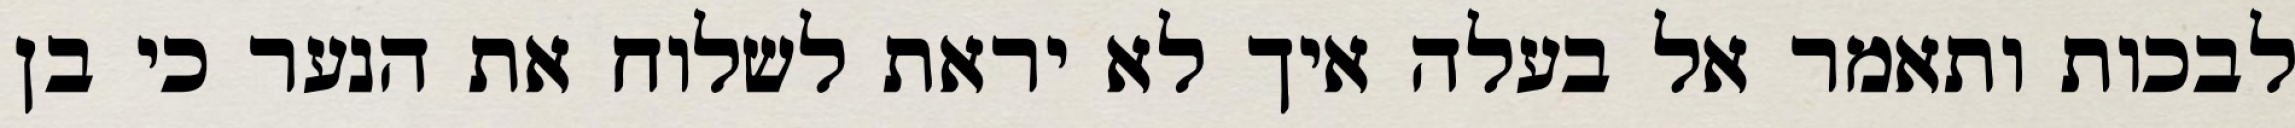
לבכות ותאמר אל בעלה איך לא יראת לשלוח את הנער כי בן